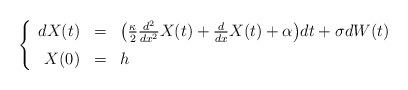
LaTeX: \begin{align*}\left\{\begin{array}{rcl}dX(t) & = & \big( \frac{\kappa}{2} \frac{d^2}{d x^2} X(t) + \frac{d}{d x}X(t) + \alpha \big) dt + \sigma d W(t)\medskip\\ X(0) & = & h\end{array}\right.\end{align*}